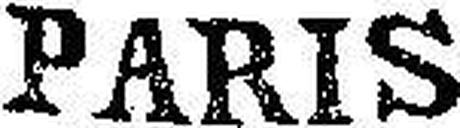
PARIS